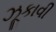
ઝૂકાવી